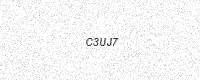
Text: C3UJ7